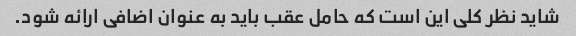
شاید نظر کلی این است که حامل عقب باید به عنوان اضافی ارائه شود.